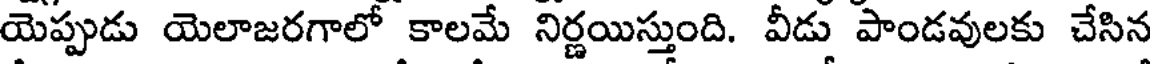
యెప్పుడు యెలాజరగాలో కాలమే నిర్ణయిస్తుంది. వీడు పాండవులకు చేసిన